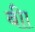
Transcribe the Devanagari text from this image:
बीा